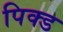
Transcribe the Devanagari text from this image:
पिक्ड